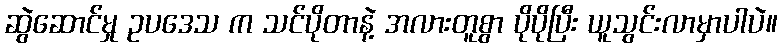
ဆွဲဆောင်မှု ဥပဒေသ က သင်ပိုတာနဲ့ အလားတူစွာ ပိုပိုပြီး ယူသွင်းလာမှာပါပဲ။